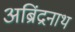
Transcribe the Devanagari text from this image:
अब्रिंद्रनाथ